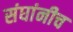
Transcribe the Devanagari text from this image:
संघांनीच